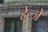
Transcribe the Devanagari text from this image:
हेल्जे